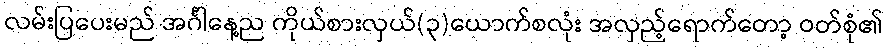
လမ်းပြပေးမည် အင်္ဂါနေ့ည ကိုယ်စားလှယ်(၃)ယောက်စလုံး အလှည့်ရောက်တော့ ဝတ်စုံ၏